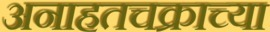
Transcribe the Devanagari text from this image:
अनाहतचक्राच्या